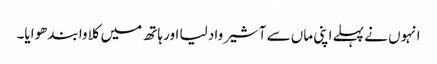
انہوں نے پہلے اپنی ماں سے آشیرواد لیا اور ہاتھ میں کلاوا بندھوایا۔